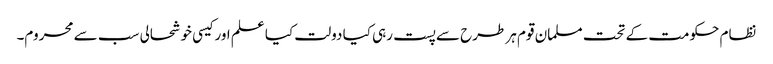
نظام حکومت کے تحت مسلمان قوم ہر طرح سے پست رہی کیا دولت کیا علم اور کیسی خوشحالی سب سے محروم۔